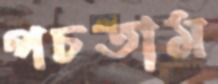
পচতাম